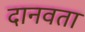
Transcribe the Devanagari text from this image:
दानवता